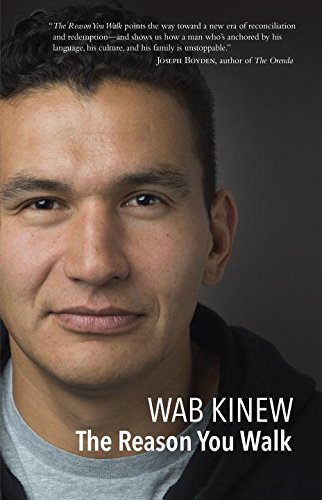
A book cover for The Reason You Walk: A Memoir; Wab Kinew; Biographies & Memoirs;